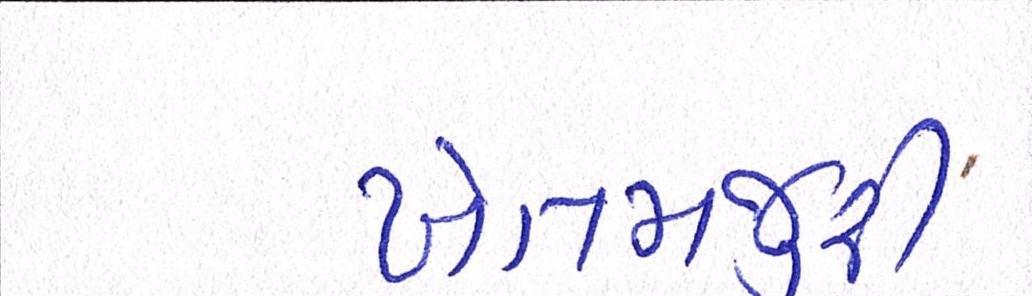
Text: ખેતમજુરી